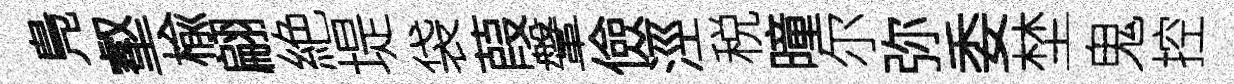
鳬壑楡翩絶堤袋葭鞶儉涇税曈尔弥委埜鬼控